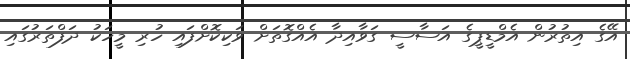
އޭގެ އިތުރުން އެމްޑީޕީގެ އަސާސީ ގަވާއިދާ އެއްގޮތަށް ވަކިކޮށްފައި ހުރި މީހަކު ދަފްތަރުގައި